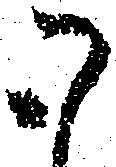
御